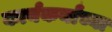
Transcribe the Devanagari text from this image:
कार्यकर्यांच्या